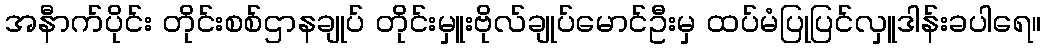
အနီာက်ပိုင်း တိုင်းစစ်ဌာနချုပ် တိုင်းမှူးဗိုလ်ချုပ်မောင်ဦးမှ ထပ်မံပြုပြင်လှူဒါန်းခပါရေ။